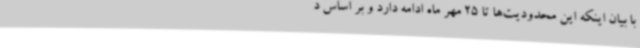
با بیان اینکه این محدودیت‌ها تا 25 مهر ماه ادامه دارد و بر اساس د